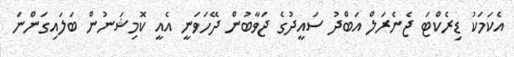
އެކަމަކު ޑިރެކްޓަ ޖެނެރަލް އަބްދު ސައީދުގެ ޖަވާބުން ދޭހަވަނީ އެއީ ކޮމިޝަނުން ބަލައިގަންނަ